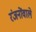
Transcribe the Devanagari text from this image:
रंजनोंवाले